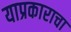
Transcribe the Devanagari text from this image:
याप्रकाराचा